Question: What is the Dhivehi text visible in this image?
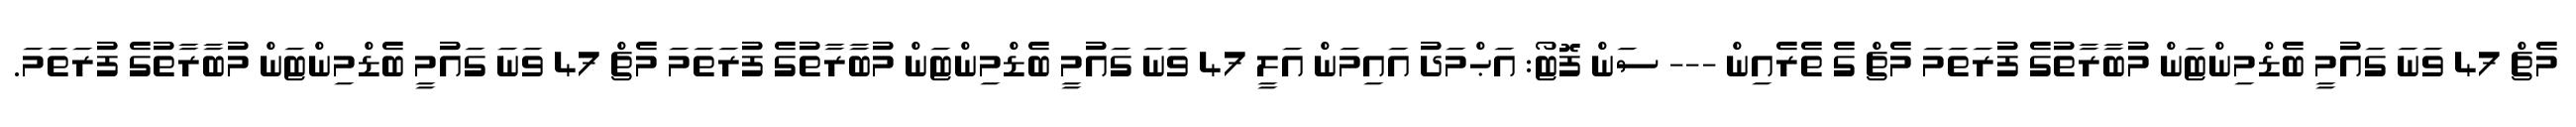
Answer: މެޗް 47 ވަނަ ގައުމީ ބެޑްމިންޓަން މުބާރާތުގެ ފުރަތަމަ މެޗް ގެ ތެރެއިން --- ސަން ފޮޓޯ: އަޙްމަދު އައިމަން އަލީ 47 ވަނަ ގައުމީ ބެޑްމިންޓަން މުބާރާތުގެ ފުރަތަމަ މެޗް 47 ވަނަ ގައުމީ ބެޑްމިންޓަން މުބާރާތުގެ ފުރަތަމަ.